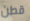
قطن